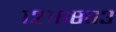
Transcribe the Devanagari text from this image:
१२१६८६३